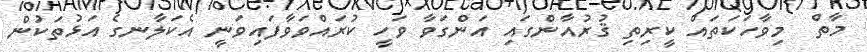
މާތް  މިވާހަކަތައް ކީރިތި ޤުރުއާންގައި އަންގަވާ ވަހީ ކުރައްވަވާފައިވަނީ އެކަލާނގެ އަޅުތަކުން